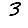
Digit: 3